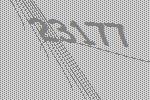
23177